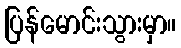
ပြန်မောင်းသွားမှာ။